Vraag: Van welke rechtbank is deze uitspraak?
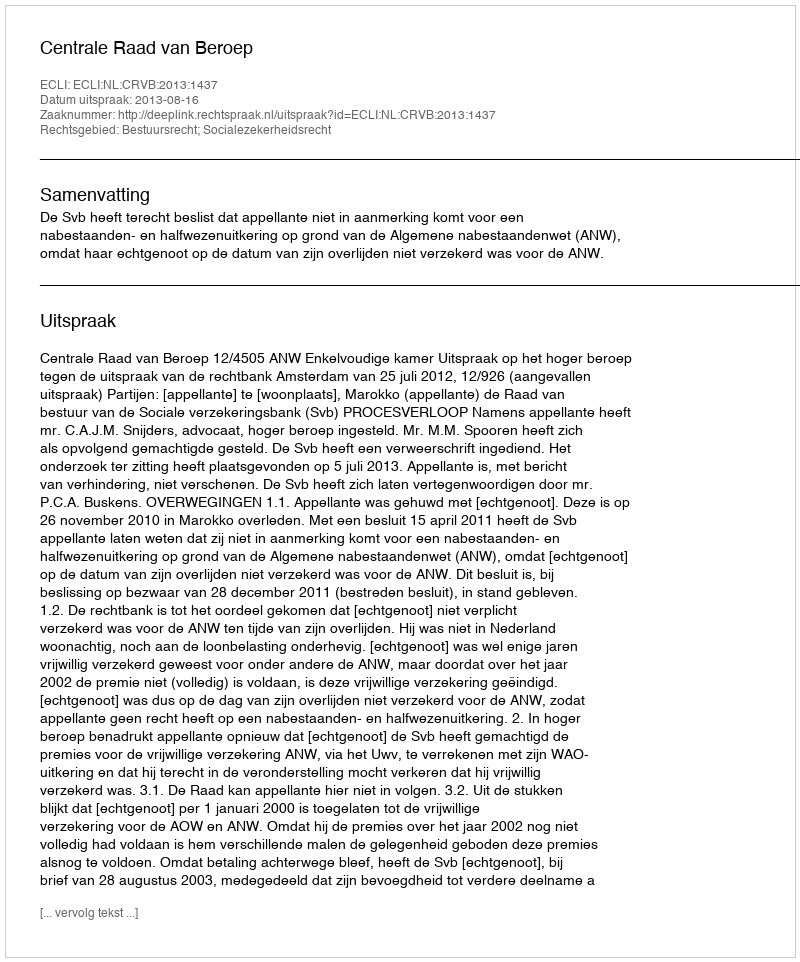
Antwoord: Centrale Raad van Beroep